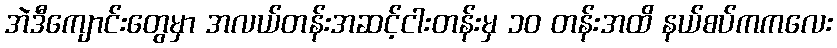
အဲဒီကျောင်းတွေမှာ အလယ်တန်းအဆင့်ငါးတန်းမှ ၁ဝ တန်းအထိ နယ်စပ်ကကလေး